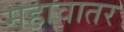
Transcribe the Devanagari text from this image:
महावातर